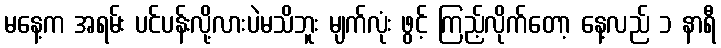
မနေ့က အရမ်း ပင်ပန်းလို့လားပဲမသိဘူး မျက်လုံး ဖွင့် ကြည့်လိုက်တော့ နေ့လည် ၁ နာရီ